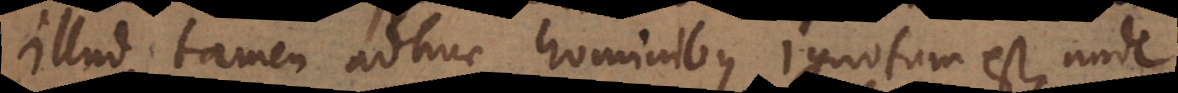
Illud tamen adhuc hominibus ignotum est, unde